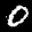
Label: 0